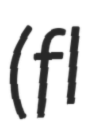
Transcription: (fl